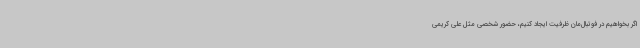
اگر بخواهیم در فوتبال‌مان ظرفیت ایجاد کنیم، حضور شخصی مثل علی کریمی